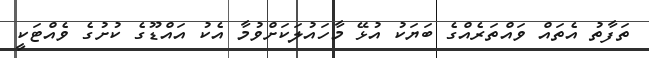
ތަފާތު އެތައް ވައްތަރެއްގެ ބަޔަކު އުޅޭ މާހައުލަކަށްވުމާ އެކު އައްޑޫގެ ކުށުގެ ވެއްޓަކީ